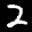
Label: 2